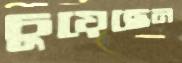
চুয়েছেন